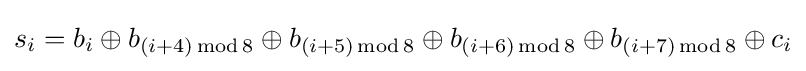
s_{i}=b_{i}\oplus b_{(i+4)\operatorname {mod} 8}\oplus b_{(i+5)\operatorname {mod} 8}\oplus b_{(i+6)\operatorname {mod} 8}\oplus b_{(i+7)\operatorname {mod} 8}\oplus c_{i}